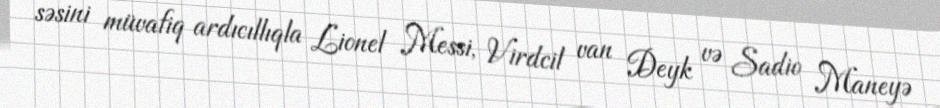
səsini müvafiq ardıcıllıqla Lionel Messi, Virdcil van Deyk və Sadio Maneyə